Lunatic asylums Burma 1907-21 - 1907-1921
Year: 1907
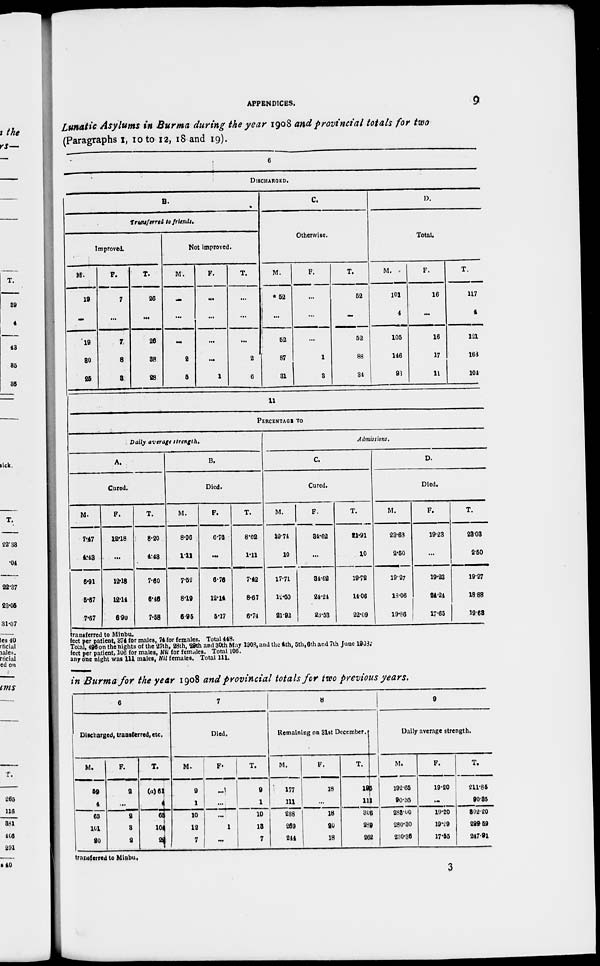
APPENDICES.
9
Lunatic Asylums in Burma during the year 1908 and provincial totals for two
(Paragraphs 1, 10 to 12, 18 and 19).
6
DISCHARGED.
B.
Transferred to friends.
Improved.
M.
19
...
19
30
25
F.
7
...
7
8
3
T.
26
...
26
38
28
Not Improved.
M.
...
...
...
2
5
F.
...
...
...
...
1
T.
...
...
...
2
6
C.
Otherwise.
M.
*52
...
52
87
31
F.
...
...
...
1
3
T.
52
...
52
88
34
D.
Total.
M.
101
4
105
146
93
F.
16
...
16
17
11
T.
117
4
121
163
104
11
PERCENTAGE TO
Daily average strength.
A.
Cured.
M.
7.47
4.48
6.91
5.67
7.67
F.
12.18
...
12.18
12.14
6.90
T.
8.20
4.48
7.60
6.46
7.58
B.
Died.
M.
8.96
1.11
7.52
819
6.95
F.
6.76
...
6.76
12.14
5.17
T.
8.02
1.1
7.42
8.67
6.74
Admissions.
C.
Cured.
M.
19.74
10
17.71
12.30
91.92
F.
34.62
...
84.69
24.24
23.53
T.
21.91
10
19.79
14.06
22.09
D.
Died.
M.
23.63
2.60
19.27
18.06
19.86
F.
19.23
...
19.23
24.24
17.65
T.
28.03
2.50
19.27
18.88
19.68
transferred to Minbu.
feet per patient, 374 for males, 74 for females. Total 448.
Total, 496 on the nights of the 27th. 98th, 29th and 30th May 1903, and the 4th, 5th,6th and 7th June 1903.
feet per patient, 106 for males, Nil for females. Total 106.
anyone night was 111 males, Nil females. Total 111.
in Burma for the year 1908 and provincial totals for two previous years.
6
Discharged, transferred, etc.
M.
59
4
63
101
20
P.
2
...
2
3
2
T.
(a)61
4
65
104
24
7
Died.
M.
9
1
10
12
7
p.
...
...
...
1
...
T.
9
1
10
13
7
8
Remaining on 31st December.
M.
177
111
288
269
244
F.
18
...
18
20
18
T.
195
111
306
289
262
9
Daily average strength.
M.
192.65
90.35
283.00
280.30
230.36
P.
19.20
...
19.20
19.29
17.55
T.
211.85
90.85
302.20
299.69
247.91
transferred to Minbu,
3